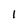
Character: 1